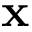
\mathbf { x }